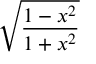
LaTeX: \sqrt { \frac { 1 - x ^ { 2 } } { 1 + x ^ { 2 } } }